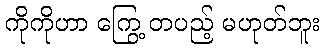
ကိုကိုဟာ ကြွေ့ တပည့် မဟုတ်ဘူး